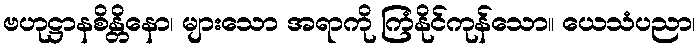
ဗဟုဋ္ဌာနစိန္တိနော၊ များသော အရာကို ကြံနိုင်ကုန်သော။ ယေသံပညာ၊